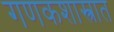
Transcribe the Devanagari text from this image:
गणकशास्त्रात